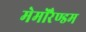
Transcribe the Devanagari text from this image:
मेमोरैण्डम